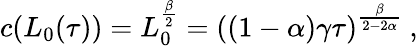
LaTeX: \begin{array}{r}{c(L_{0}(\tau))=L_{0}^{\frac{\beta}{2}}=\left((1-\alpha)\gamma\tau\right)^{\frac{\beta}{2-2\alpha}}\ ,}\end{array}